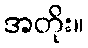
အတိုး။